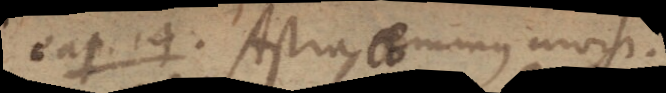
cap. 14. Astra eminus invisi-